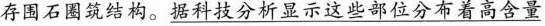
存围石圈筑结构。据科技分析显示这些部位分布着高含量